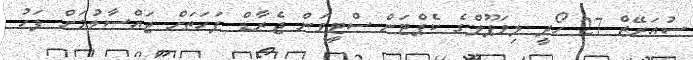
ސުއަރޭޒް 27 ހޯދީ ލިވަޕޫލްގެ ކެޕްޓަން ސްޓީވަން ޖެރާޑް ފަހަތަށް ޖައްސާލުމަށް ފަހު